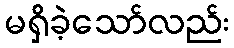
မရှိခဲ့သော်လည်း